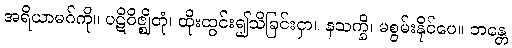
အရိယာမဂ်ကို။ ပဋိဝိဇ္ဈိတုံ၊ ထိုးထွင်း၍သိခြင်းငှာ။ နသက္ခိ၊ မစွမ်းနိုင်ပေ။ ဘန္တေ